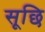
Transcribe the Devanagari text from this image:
सूछि